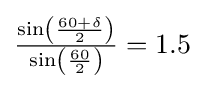
{\textstyle {\frac {\sin \left({\frac {60+\delta }{2}}\right)}{\sin \left({\frac {60}{2}}\right)}}=1.5}